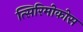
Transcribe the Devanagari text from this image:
त्सिरिमोकोस